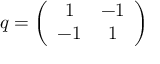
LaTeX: q = \left( \begin{array} { c c } { { 1 } } & { { - 1 } } \\ { { - 1 } } & { { 1 } } \end{array} \right)